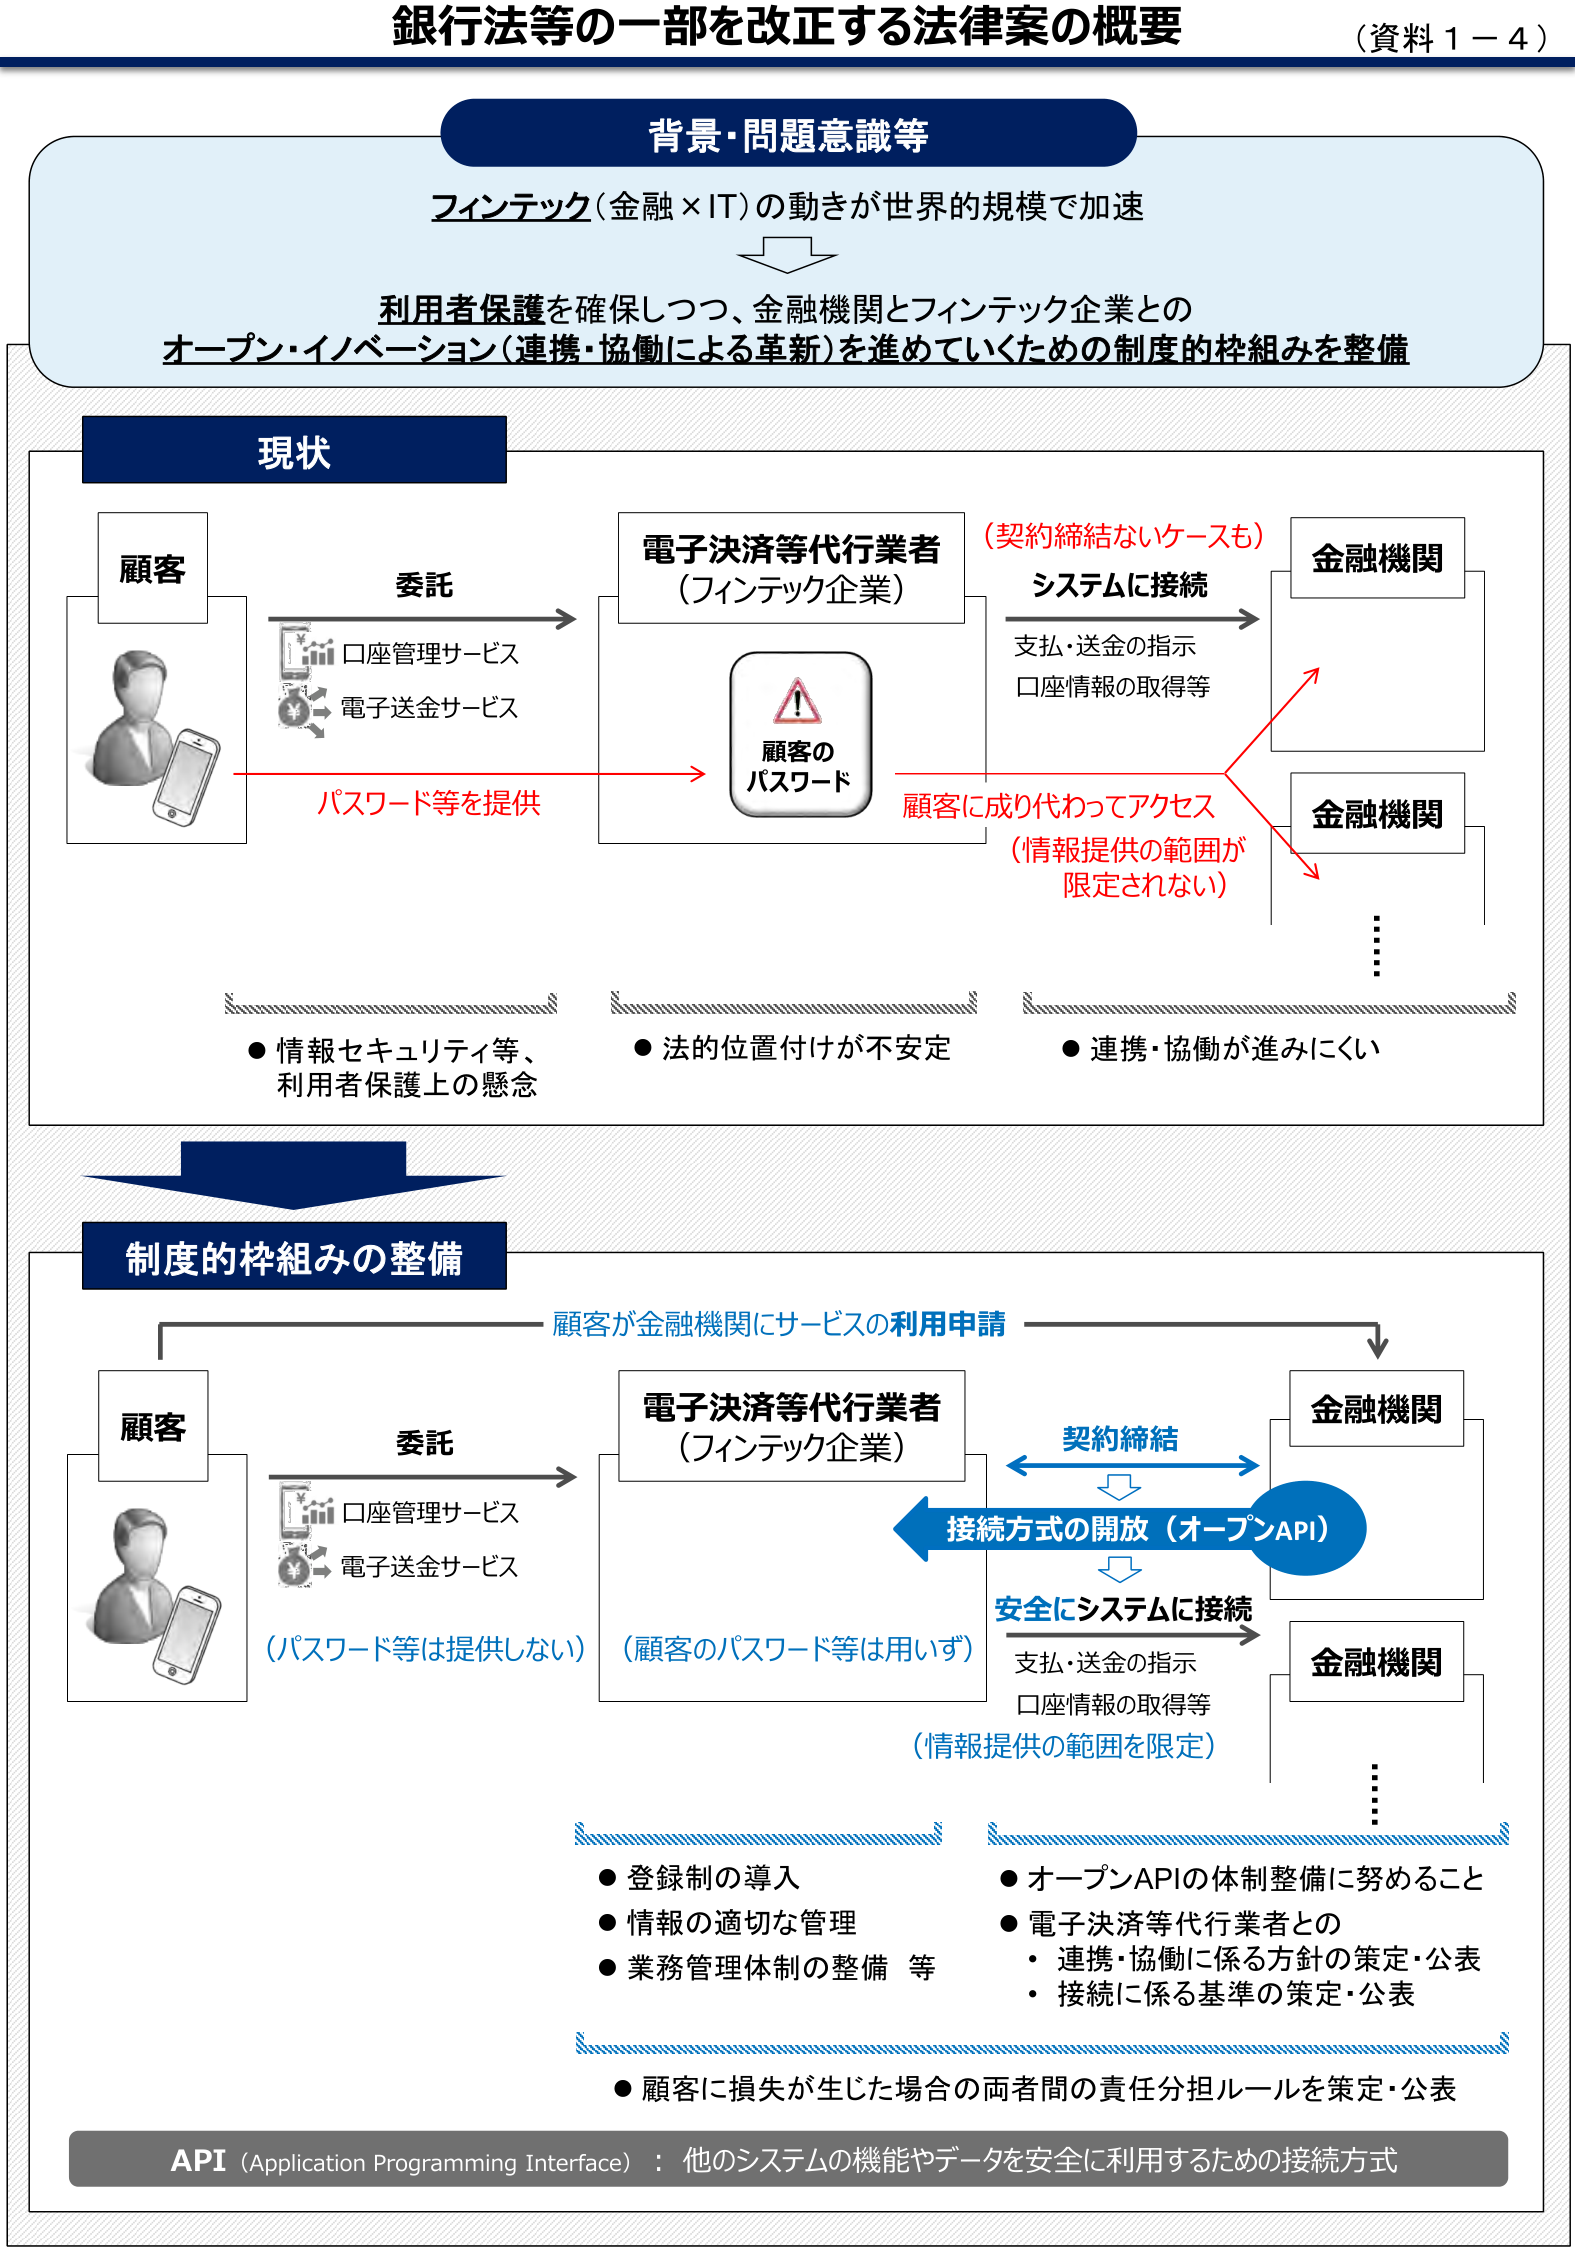
銀行法等の一部を改正する法律案の概要
（資料１－４）

背景・問題意識等
フィンテック（金融×IT）の動きが世界的規模で加速
↓
利用者保護を確保しつつ、金融機関とフィンテック企業との
オープン・イノベーション（連携・協働による革新）を進めていくための制度的枠組みを整備

現状
顧客
　　委託
　　→ 口座管理サービス
　　→ 電子送金サービス
　　（パスワード等を提供）

電子決済等代行業者
（フィンテック企業）
　　（顧客のパスワード）
　　（契約締結ないケースも）
　　→ システムに接続
　　→ 支払・送金の指示
　　→ 口座情報の取得等
　　→ 顧客に成り代わってアクセス
　　（情報提供の範囲が限定されない）

金融機関
金融機関
　　（…）

● 情報セキュリティ等、利用者保護上の懸念
● 法的位置付けが不安定
● 連携・協働が進みにくい

制度的枠組みの整備
顧客が金融機関にサービスの利用申請
↓

顧客
　　委託
　　→ 口座管理サービス
　　→ 電子送金サービス
　　（パスワード等は提供しない）

電子決済等代行業者
（フィンテック企業）
　　（顧客のパスワード等は用いず）

　　←→ 契約締結 ←→
　　↓
　　接続方式の開放（オープンAPI）
　　↓
　　安全にシステムに接続
　　→ 支払・送金の指示
　　→ 口座情報の取得等
　　（情報提供の範囲を限定）

金融機関
金融機関
　　（…）

● 登録制の導入
● 情報の適切な管理
● 業務管理体制の整備 等

● オープンAPIの体制整備に努めること
● 電子決済等代行業者との
　・ 連携・協働に係る方針の策定・公表
　・ 接続に係る基準の策定・公表

● 顧客に損失が生じた場合の両者間の責任分担ルールを策定・公表

API（Application Programming Interface）：他のシステムの機能やデータを安全に利用するための接続方式